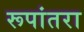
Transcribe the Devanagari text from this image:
रूपांतरा